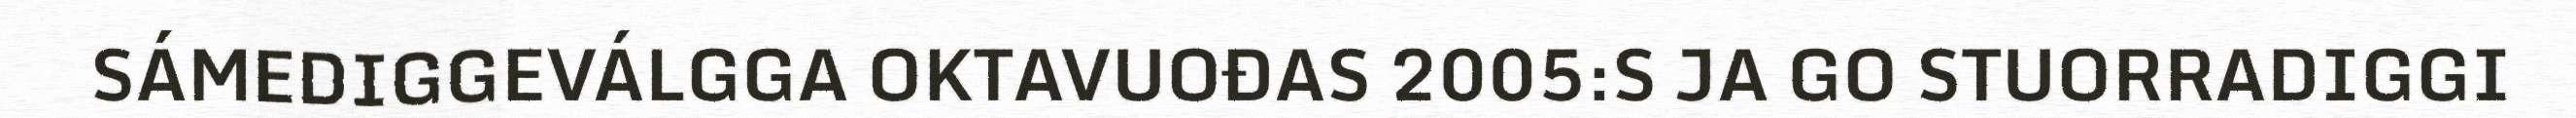
SÁMEDIGGEVÁLGGA OKTAVUOĐAS 2005:S JA GO STUORRADIGGI